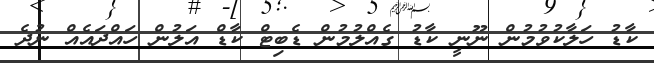
ކާޑު ހަލާކުވުމުން ނޫނީ ކާޑު ގެއްލުމުން ޑެބިޓް ކާޑް އަލުން ހައްދައެއް ނުދެ